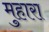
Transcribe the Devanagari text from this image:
मुहारा